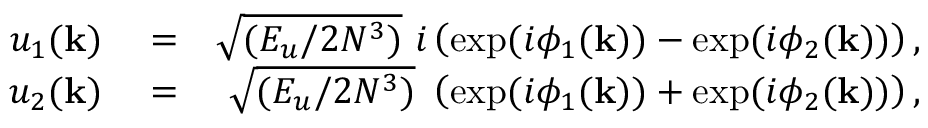
\begin{array} { r l r } { u _ { 1 } ( \mathbf { k } ) } & { { } = } & { \sqrt { ( E _ { u } / 2 N ^ { 3 } ) } \ i \left( \exp ( i \phi _ { 1 } ( \mathbf { k } ) ) - \exp ( i \phi _ { 2 } ( \mathbf { k } ) ) \right) , } \\ { u _ { 2 } ( \mathbf { k } ) } & { { } = } & { \sqrt { ( E _ { u } / 2 N ^ { 3 } ) } \ \left( \exp ( i \phi _ { 1 } ( \mathbf { k } ) ) + \exp ( i \phi _ { 2 } ( \mathbf { k } ) ) \right) , } \end{array}